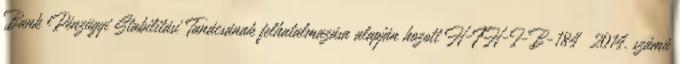
Bank Pénzügyi Stabilitási Tanácsának felhatalmazása alapján hozott H-FH-I-B-184 2014. számú